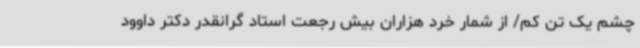
چشم یک تن کم/ از شمار خرد هزاران بیش رجعت استاد گرانقدر دکتر داوود